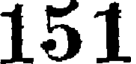
151